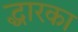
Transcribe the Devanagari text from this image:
द्धारका